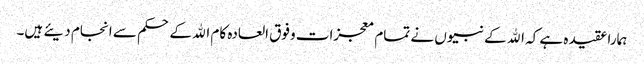
ہمارا عقیدہ ہے کہ الله کے نبیوں نے تمام معجزات وفوق العادہ کام الله کے حکم سے انجام دیئے ہیں۔